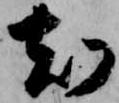
刻